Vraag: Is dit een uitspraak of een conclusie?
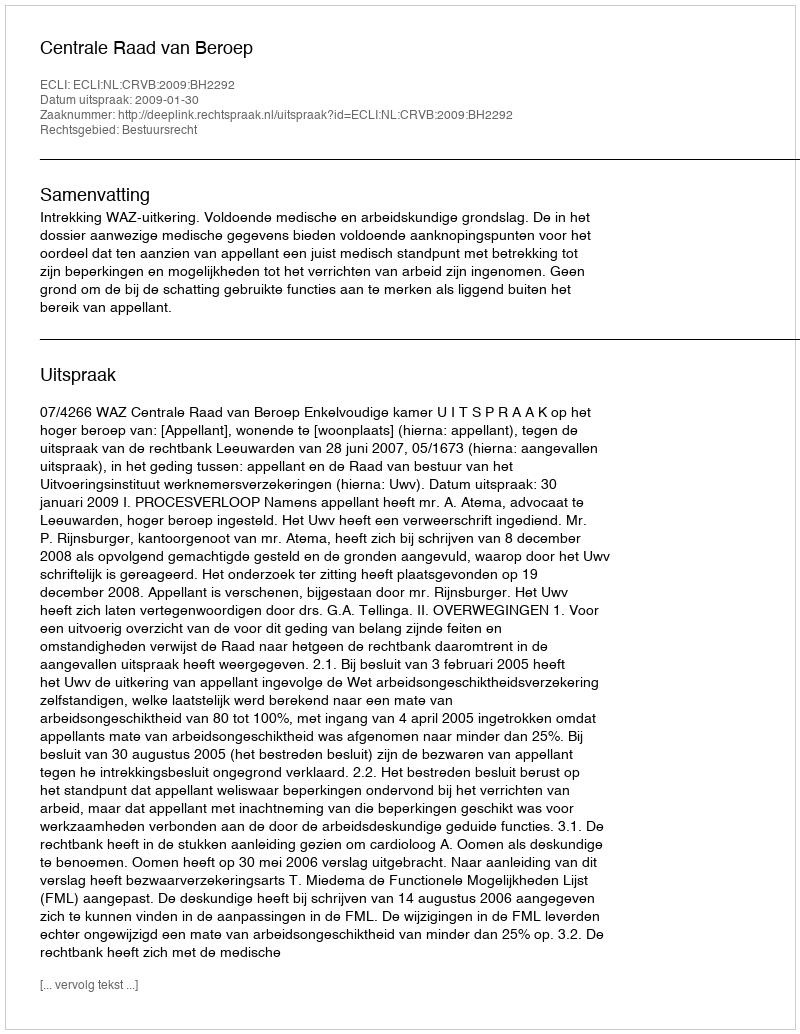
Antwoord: Uitspraak